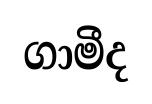
ගාමීද